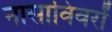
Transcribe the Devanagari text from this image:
नासाविवरों